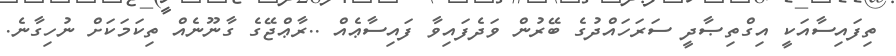
ތިފައިސާއަކީ އިގްތިޞާދީ ސަރަހައްދުގެ ބޭރުން ވަދެފައިވާ ފައިސާޢެއް ..ރާޢްޖޭގެ ގާނޫނެއް ތިކަމަކަށް ނުހިގާނެ.